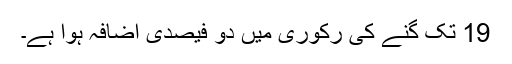
19 تک گنے کی رکوری میں دو فیصدی اضافہ ہوا ہے۔